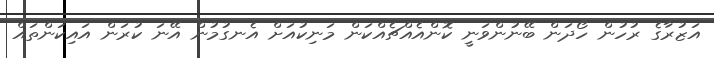
އަޒުރާގެ ރުހުން ހޯދަން ބޭނުންވަނީ ކޮންއެއްޗެއްކަން މަނިކުއަށް އެނގުމުން އޭނަ ކުރަން އައިކަންތައް